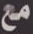
مع